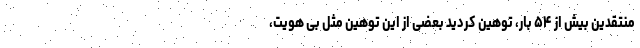
منتقدین بیش از ۵۴ بار، توهین کردید بعضی از این توهین مثل بی هویت،